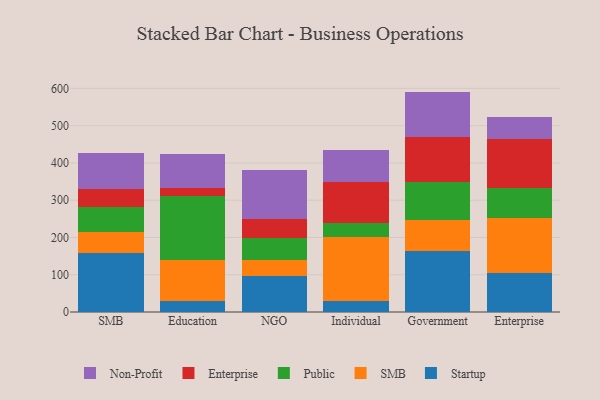
{"axis": {"x": "Segment", "y": "Shipments"}, "legend": ["Enterprise", "Non-Profit", "Public", "SMB", "Startup"], "data": [{"x": "SMB", "y": 157.3, "type": "Startup"}, {"x": "SMB", "y": 56.2, "type": "SMB"}, {"x": "SMB", "y": 68.8, "type": "Public"}, {"x": "SMB", "y": 48.7, "type": "Enterprise"}, {"x": "SMB", "y": 95.2, "type": "Non-Profit"}, {"x": "Education", "y": 29.2, "type": "Startup"}, {"x": "Education", "y": 110.4, "type": "SMB"}, {"x": "Education", "y": 170.7, "type": "Public"}, {"x": "Education", "y": 21.7, "type": "Enterprise"}, {"x": "Education", "y": 92.0, "type": "Non-Profit"}, {"x": "NGO", "y": 97.0, "type": "Startup"}, {"x": "NGO", "y": 41.3, "type": "SMB"}, {"x": "NGO", "y": 61.2, "type": "Public"}, {"x": "NGO", "y": 50.5, "type": "Enterprise"}, {"x": "NGO", "y": 131.4, "type": "Non-Profit"}, {"x": "Individual", "y": 30.0, "type": "Startup"}, {"x": "Individual", "y": 170.1, "type": "SMB"}, {"x": "Individual", "y": 39.6, "type": "Public"}, {"x": "Individual", "y": 108.0, "type": "Enterprise"}, {"x": "Individual", "y": 88.3, "type": "Non-Profit"}, {"x": "Government", "y": 162.4, "type": "Startup"}, {"x": "Government", "y": 83.5, "type": "SMB"}, {"x": "Government", "y": 101.9, "type": "Public"}, {"x": "Government", "y": 120.9, "type": "Enterprise"}, {"x": "Government", "y": 122.7, "type": "Non-Profit"}, {"x": "Enterprise", "y": 103.7, "type": "Startup"}, {"x": "Enterprise", "y": 149.2, "type": "SMB"}, {"x": "Enterprise", "y": 80.0, "type": "Public"}, {"x": "Enterprise", "y": 132.4, "type": "Enterprise"}, {"x": "Enterprise", "y": 58.0, "type": "Non-Profit"}]}